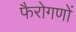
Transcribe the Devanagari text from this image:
फैरोगणों